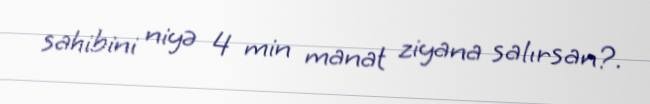
sahibini niyə 4 min manat ziyana salırsan?.